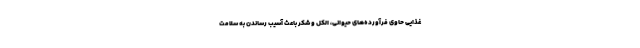
غذایی حاوی فرآورده‌های حیوانی، الکل و شکر باعث آسیب رساندن به سلامت